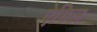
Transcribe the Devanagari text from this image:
ऐगिल